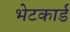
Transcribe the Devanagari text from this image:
भेटकार्ड